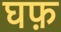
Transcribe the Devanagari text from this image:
घफ़